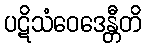
ပဋိသံဝေဒေန္တီတိ